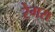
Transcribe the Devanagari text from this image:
रेगस